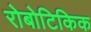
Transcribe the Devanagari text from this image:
रोबोटिकिक